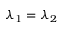
\lambda _ { 1 } = \lambda _ { 2 }